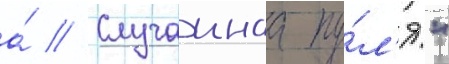
а́ // Случаинаа пу́л'я."